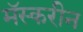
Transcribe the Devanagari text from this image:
मॅस्करीन